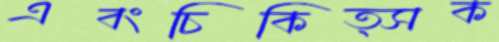
এবংচিকিত্সক